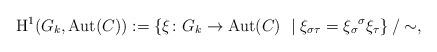
LaTeX: \begin{align*}\operatorname{H}^{1}(G_k,\operatorname{Aut}(C)):=\left\{ \xi\colon G_k \to \operatorname{Aut}(C)\,\, \mid \xi_{\sigma\tau}=\xi_{\sigma}{}^{\sigma}\xi_{\tau} \right\}/\sim ,\end{align*}